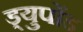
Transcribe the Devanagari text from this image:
ड्युपोंड